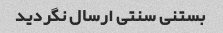
بستنی سنتی ارسال نگردید